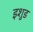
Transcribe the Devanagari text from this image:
इशुड